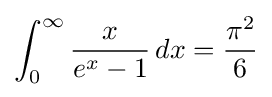
\int _{0}^{\infty }{\frac {x}{e^{x}-1}}\,dx={\frac {\pi ^{2}}{6}}